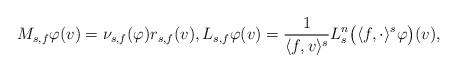
LaTeX: \begin{align*}M_{s,f} \varphi(v) = \nu_{s,f}(\varphi) r_{s,f}(v), L_{s,f} \varphi(v) = \frac{1}{\langle f, v \rangle^s} L_s^n \big(\langle f, \cdot \rangle^s \varphi \big)(v), \end{align*}